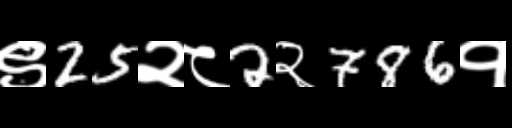
Text: ९25२८2२786१